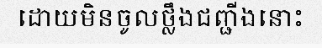
ដោយមិនចូលថ្លឹងជញ្ជីងនោះ